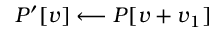
P ^ { \prime } [ v ] \longleftarrow P [ v + v _ { 1 } ]